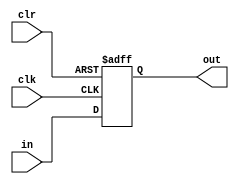
module register_12bit(out, in, clk, clr);
	input [11:0] in;
	input clk, clr;
	output reg [11:0] out;
	
	always @(posedge clk or posedge clr) begin
       if (clr) begin
           out <= 12'b0;
       end else begin
           out <= in;
       end
   end
	
endmodule